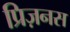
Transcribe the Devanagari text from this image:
प्रिज़नस